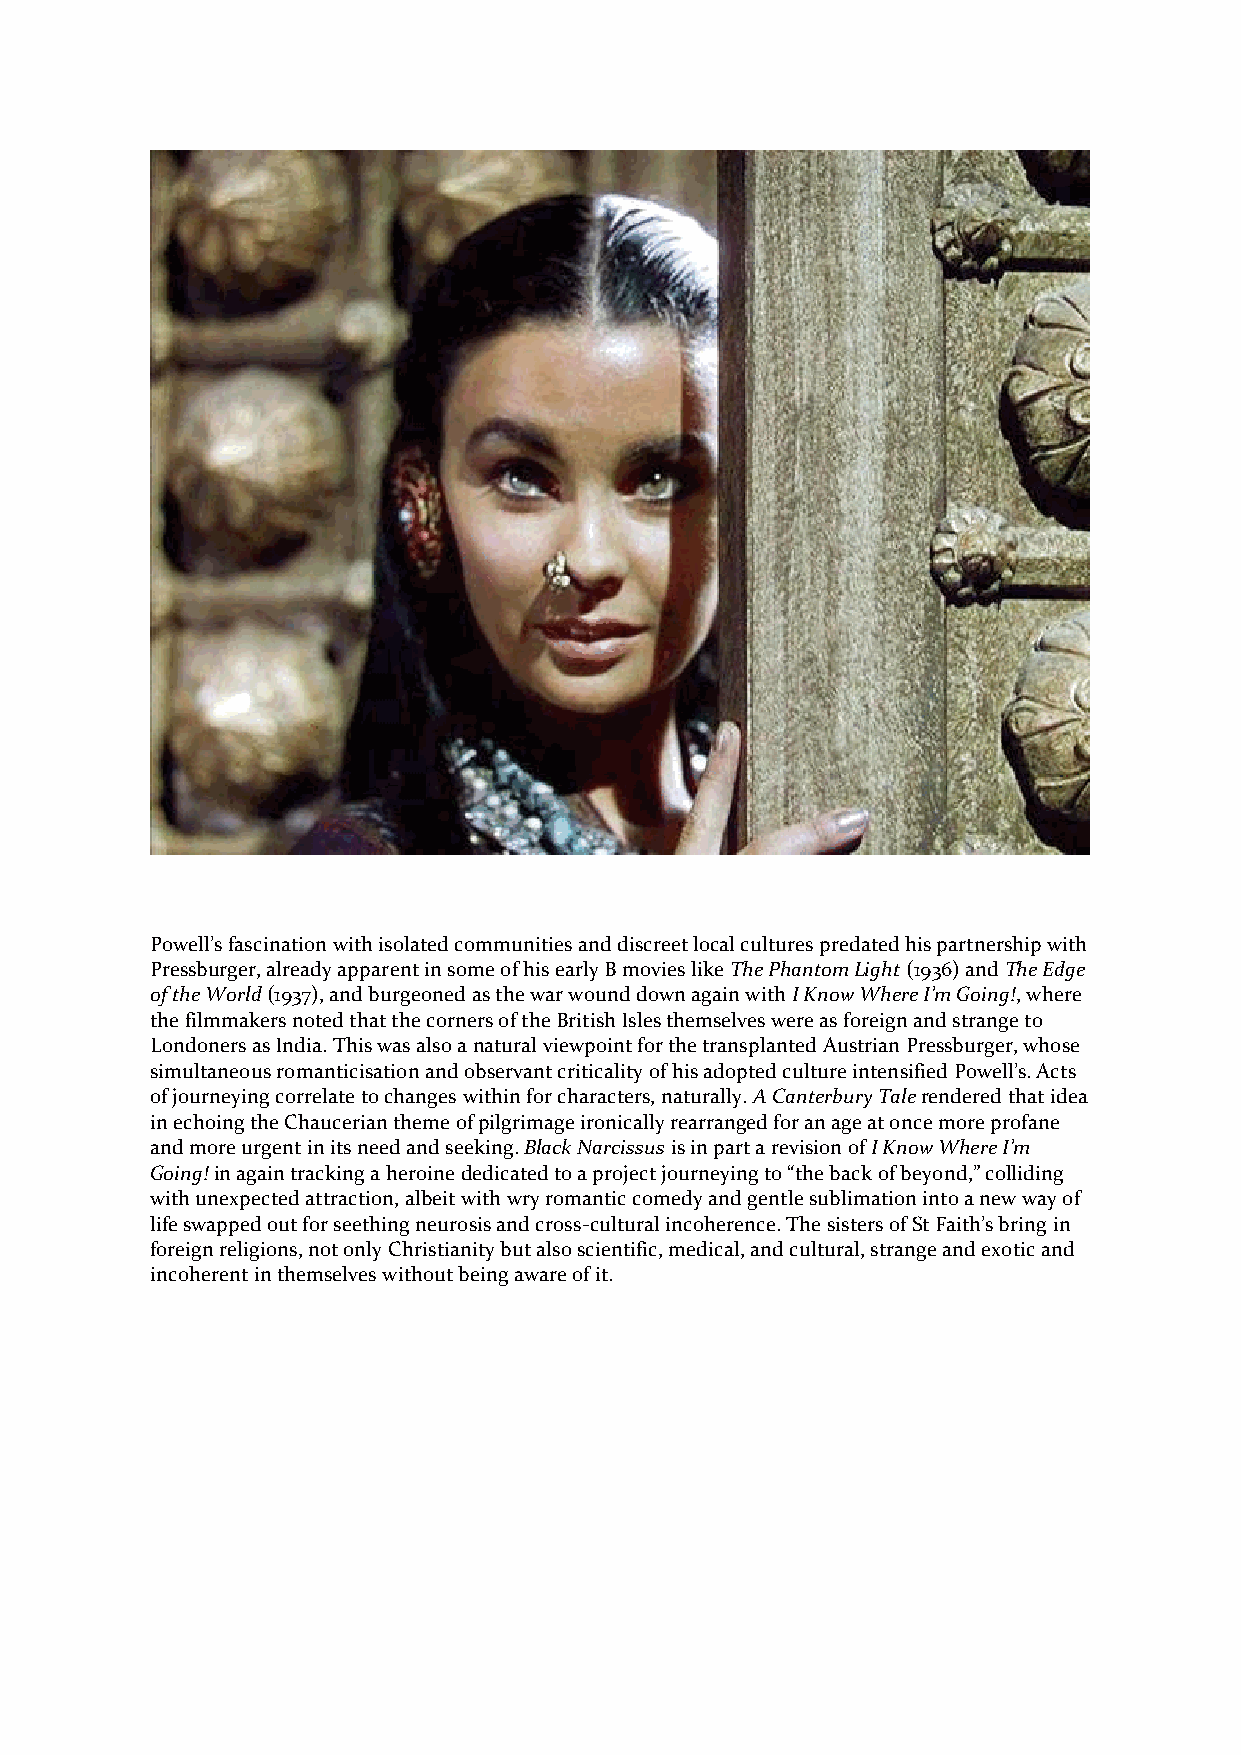
Powell’s fascination with isolated communities and discreet local cultures predated his partnership with
 Pressburger, already apparent in some of his early B movies like The Phantom Light (1936) and The Edge
 of the World (1937), and burgeoned as the war wound down again with I Know Where I’m Going!, where
 the filmmakers noted that the corners of the British Isles themselves were as foreign and strange to
 Londoners as India. This was also a natural viewpoint for the transplanted Austrian Pressburger, whose
 simultaneous romanticisation and observant criticality of his adopted culture intensified Powell’s. Acts
 of journeying correlate to changes within for characters, naturally. A Canterbury Tale rendered that idea
 in echoing the Chaucerian theme of pilgrimage ironically rearranged for an age at once more profane
 and more urgent in its need and seeking. Black Narcissus is in part a revision of I Know Where I’m
 Going! in again tracking a heroine dedicated to a project journeying to “the back of beyond,” colliding
 with unexpected attraction, albeit with wry romantic comedy and gentle sublimation into a new way of
 life swapped out for seething neurosis and cross-cultural incoherence. The sisters of St Faith’s bring in
 foreign religions, not only Christianity but also scientific, medical, and cultural, strange and exotic and
 incoherent in themselves without being aware of it.